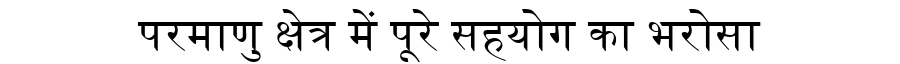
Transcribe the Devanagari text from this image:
परमाणु क्षेत्र में पूरे सहयोग का भरोसा